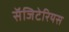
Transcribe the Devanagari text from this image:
सॅजिटेरियस